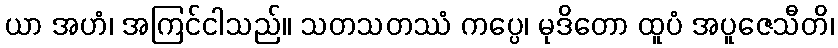
ယာ အဟံ၊ အကြင်ငါသည်။ သတသတဿံ ကပ္ပေ၊ မုဒိတော ထူပံ အပူဇေသီတိ၊